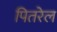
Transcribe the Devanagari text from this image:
पितरेल